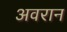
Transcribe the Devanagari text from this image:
अवरान